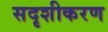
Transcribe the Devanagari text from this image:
सदृशीकरण